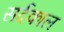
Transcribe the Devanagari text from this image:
सर्दकाल